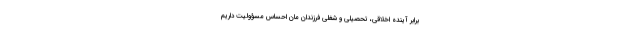
برابر آینده اخلاقی، تحصیلی و شغلی فرزندان مان احساس مسؤولیت داریم